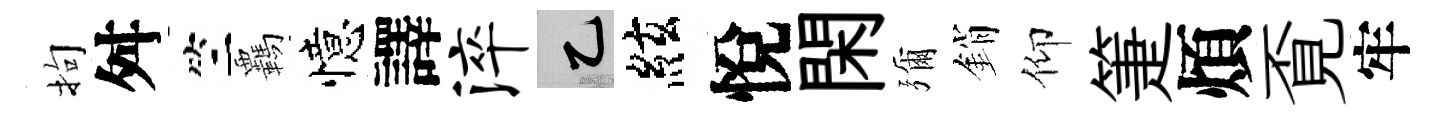
拘舛竺覊憶譯淬乙絃悅閑彌銷仰箑煩覔牢